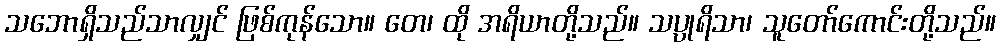
သဘောရှိသည်သာလျှင် ဖြစ်ကုန်သော။ တေ၊ ထို အရိယာတို့သည်။ သပ္ပုရိသာ၊ သူတော်ကောင်းတို့သည်။